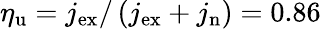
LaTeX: \eta_{\mathrm{u}}=j_{\mathrm{ex}}/\left(j_{\mathrm{ex}}+j_{\mathrm{n}}\right)=0.86